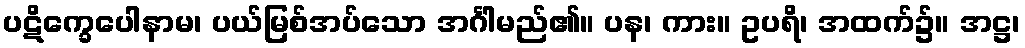
ပဋိက္ခေပေါနာမ၊ ပယ်မြစ်အပ်သော အင်္ဂါမည်၏။ ပန၊ ကား။ ဥပရိ၊ အထက်၌။ အဋ္ဌ၊